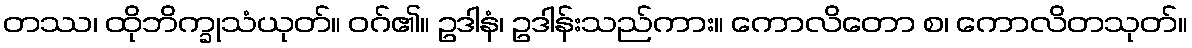
တဿ၊ ထိုဘိက္ခုသံယုတ်။ ဝဂ်၏။ ဥဒါနံ၊ ဥဒါန်းသည်ကား။ ကောလိတော စ၊ ကောလိတသုတ်။